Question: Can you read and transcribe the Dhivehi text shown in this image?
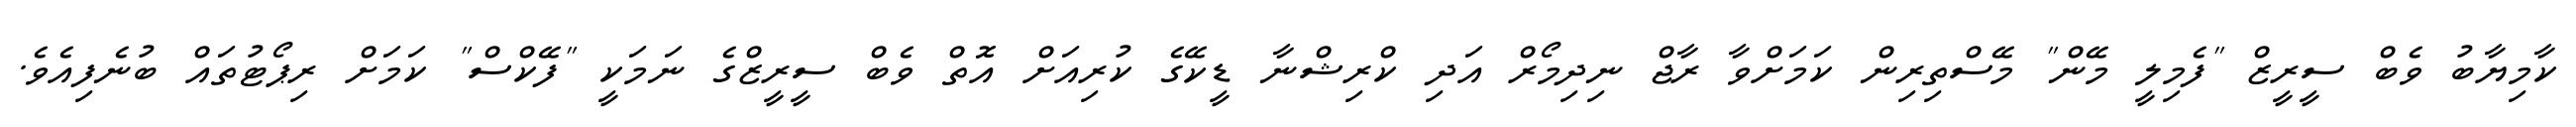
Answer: ކާމިޔާބު ވެބް ސީރީޒް "ފެމިލީ މޭން" މޭސްތިރިން ކަމަށްވާ ރާޖް ނިދިމޯރް އަދި ކްރިޝްނާ ޑީކޭގެ ކުރިއަށް އޮތް ވެބް ސީރީޒްގެ ނަމަކީ "ފޭކްސް" ކަމަށް ރިޕޯޓުތައް ބުނެފިއެވެ.